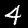
Digit: 4